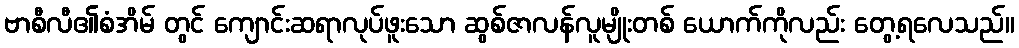
ဗာစီလီ၏စံအိမ် တွင် ကျောင်းဆရာလုပ်ဖူးသော ဆွစ်ဇာလန်လူမျိုးတစ် ယောက်ကိုလည်း တွေ့ရလေသည်။